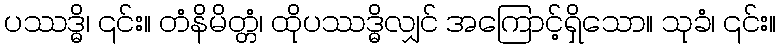
ပဿဒ္ဓိ၊ ၎င်း။ တံနိမိတ္တံ၊ ထိုပဿဒ္ဓိလျှင် အကြောင့်ရှိသော။ သုခံ၊ ၎င်း။